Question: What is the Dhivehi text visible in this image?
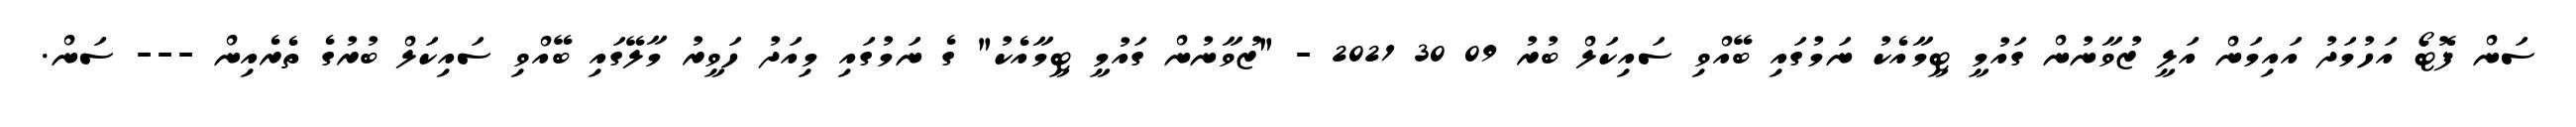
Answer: ސަން ފޮޓޯ އަހުމަދު އައިމަން އަލީ ޒުވާނުން ގައުމީ ޓީމާއެކު ނަމުގައި ބޭއްވި ސައިކަލް ބުރު 09 30 2021 - "ޒުވާނުން ގައުމީ ޓީމާއެކު" ގެ ނަމުގައި މިއަދު ހަވީރު މާލޭގައި ބޭއްވި ސައިކަލް ބުރުގެ ތެރެއިން --- ސަން.